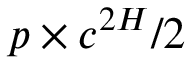
p \times c ^ { 2 H } / 2